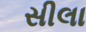
સીલા